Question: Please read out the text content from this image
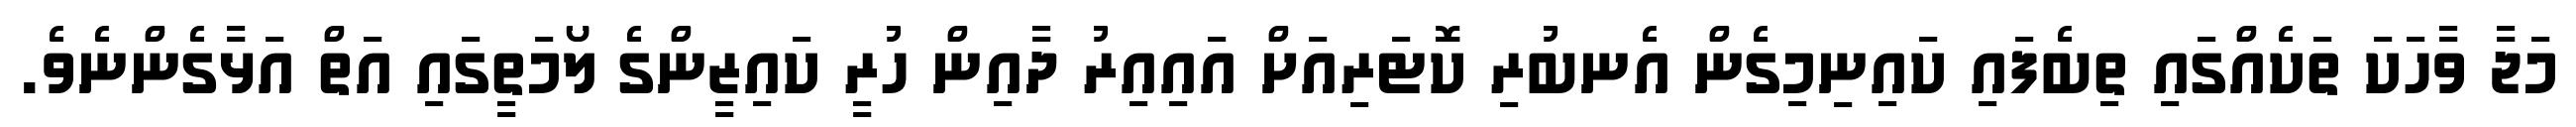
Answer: މަޖާ ވާހަކަ ތަކެއްގައި ތިބެފައި ކައިނިމިގެން އެނބުރި ކޮޓަރިއަށް އައިއިރު ދާއިން ހުރީ ކައިޒީންގެ ލޯމަތީގައި އަތް އަޅާގެންނެވެ.